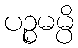
ပဉ္စမမ္ပိ